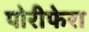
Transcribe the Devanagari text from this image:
पोरीफेरा